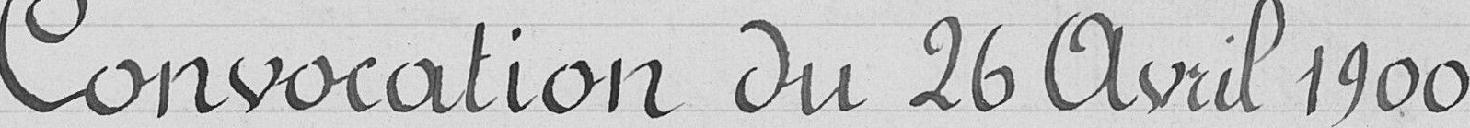
Convocation du 26 Avril 1900